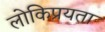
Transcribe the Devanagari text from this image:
लोकिप्रयता